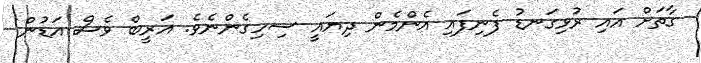
ގާތަށް އައި ރުޅިގަނޑު ފެނިފައި އެންމެން ދިޔައީ ސިހިގެންނެވެ. އަރީބް ވެސް އަޑުން